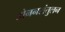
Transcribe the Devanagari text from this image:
डोननसंतुलन